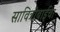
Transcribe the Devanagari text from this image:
सावित्रीबाईचा